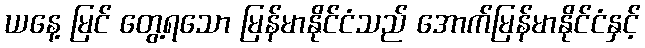
ယနေ့ မြင် တွေ့ရသော မြန်မာနိုင်ငံသည် အောက်မြန်မာနိုင်ငံနှင့်